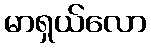
မာရှယ်လော